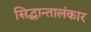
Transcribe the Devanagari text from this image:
सिद्धान्तालंकार